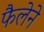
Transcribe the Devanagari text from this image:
फैलेने